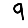
Digit: 9